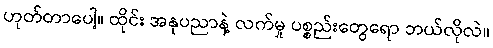
ဟုတ်တာပေါ့။ ထိုင်း အနုပညာနဲ့ လက်မှု ပစ္စည်းတွေရော ဘယ်လိုလဲ။